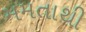
મમતાથી